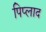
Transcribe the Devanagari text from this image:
पिप्लाद